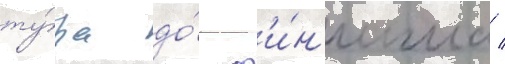
ту́ра до́ ф'и́н'иша /